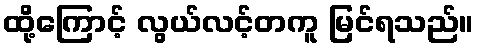
ထို့ကြောင့် လွယ်လင့်တကူ မြင်ရသည်။